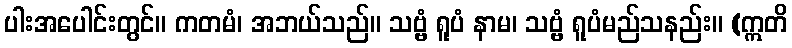
ပါးအပေါင်းတွင်။ ကတမံ၊ အဘယ်သည်။ သဗ္ဗံ ရူပံ နာမ၊ သဗ္ဗံ ရူပံမည်သနည်း။ (ဣတိ